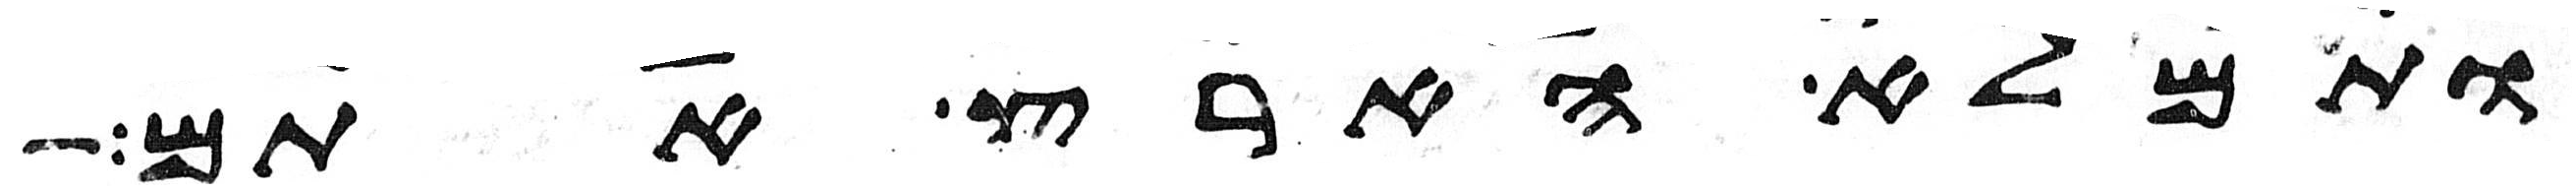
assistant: ותמלא הארץ אתם